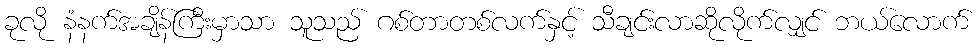
ခုလို နံနက်အချိန်ကြီးမှာသာ သူသည် ဂစ်တာတစ်လက်နှင့် သီချင်းလာဆိုလိုက်လျှင် ဘယ်လောက်